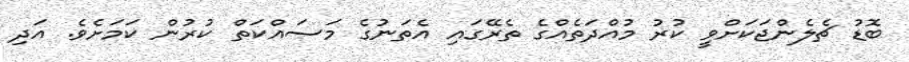
ބޮޑު ޗެލެންޖަކަށްވީ ކުރު މުއްދަތެއްގެ ތެރޭގައި އެތަނުގެ މަސައްކަތް ކުރުން ކަމަށެވެ. އަދި